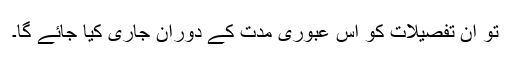
تو ان تفصیلات کو اس عبوری مدت کے دوران جاری کیا جائے گا۔